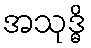
အသုဒ္ဓိ